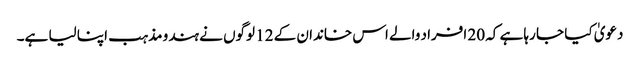
دعویٰ کیا جا رہا ہے کہ 20 افراد والے اس خاندان کے 12 لوگوں نے ہندو مذہب اپنا لیا ہے۔